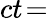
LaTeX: ct\! =